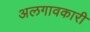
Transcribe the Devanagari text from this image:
अलगावकारी